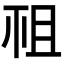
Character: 𥘲